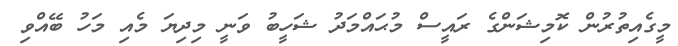
މީގެއިތުރުން ކޮމިޝަންގެ ރައީސް މުޙައްމަދު ޝަހީބު ވަނީ މިދިޔަ މެއި މަހު ބޭއްވި